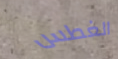
الغطس